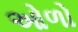
ઓળો